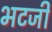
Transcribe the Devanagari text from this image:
भटजी